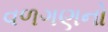
વળગણનો